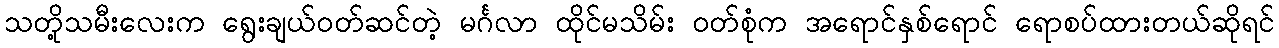
သတို့သမီးလေးက ရွေးချယ်ဝတ်ဆင်တဲ့ မင်္ဂလာ ထိုင်မသိမ်း ဝတ်စုံက အရောင်နှစ်ရောင် ရောစပ်ထားတယ်ဆိုရင်